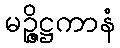
မဉ္ဇိဋ္ဌကာနံ